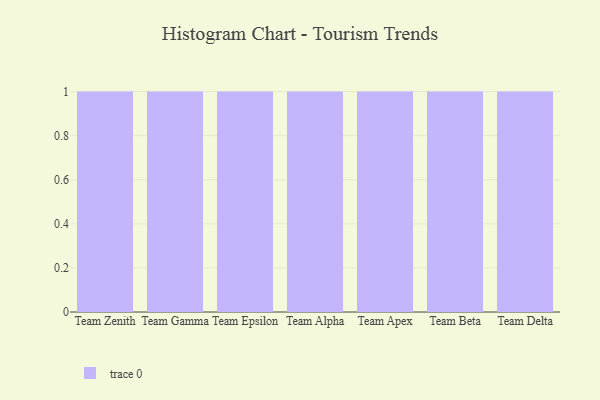
{"axis": {"x": "Team", "y": "Temperature (°C)"}, "legend": [""], "data": [{"x": "Team Zenith", "y": 78, "type": ""}, {"x": "Team Gamma", "y": 85, "type": ""}, {"x": "Team Epsilon", "y": 93, "type": ""}, {"x": "Team Alpha", "y": 5, "type": ""}, {"x": "Team Apex", "y": 15, "type": ""}, {"x": "Team Beta", "y": 23, "type": ""}, {"x": "Team Delta", "y": 89, "type": ""}]}